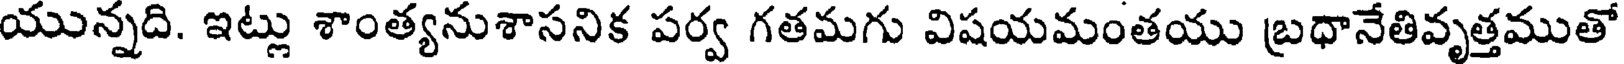
యున్నది. ఇట్లు శాంత్యనుశాసనిక పర్వ గతమగు విషయమంతయు బ్రధానేతివృత్తముతో